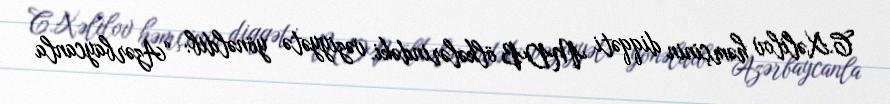
C.Xəlilov həmçinin diqqəti MDB ölkələrindəki vəziyyətə yönəldib: “Azərbaycanla